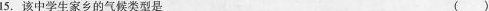
15.该中学生家乡的气候类型是 ( )